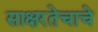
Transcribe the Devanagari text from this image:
साक्षरतेचाचे